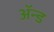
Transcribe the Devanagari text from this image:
ॲन्‍ड